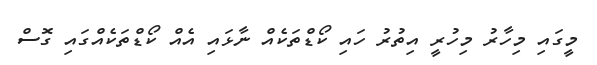
މީގައި މިހާރު މިހުރީ އިތުރު ހައި ކޯޑްތަކެއް ނާޅައި އެއް ކޯޑްތަކެއްގައި ގޮސް